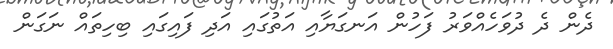
ދެން ދެ ދުވަހެއްވަރު ފަހުން އަނގަޔާއި އަތުގައި އަދި ފައިގައި ބިހިތައް ނަގަން